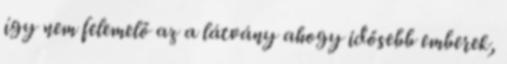
így nem felemelő az a látvány ahogy idősebb emberek,